Annual report on the lock hospitals of the Madras Presidency
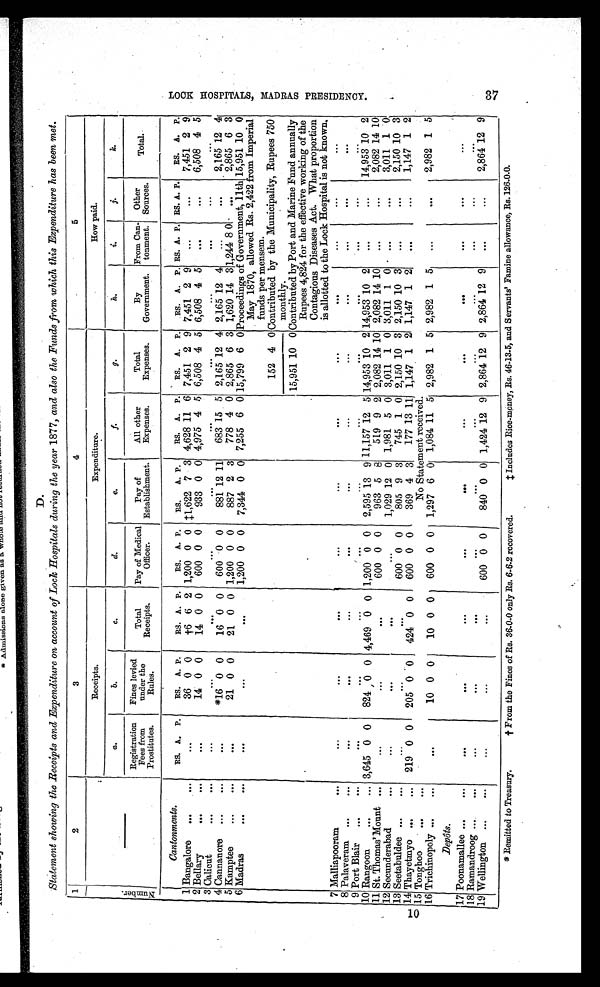
Statement showing the Receipts and Expenditure on account of Lock Hospitals during the year 1877, and also the Funds from which this Expenditure has been met.
10
1
2
3
4
5
Nu mb e r .
—
Receipts.
Expenditure.
How paid.
a.
b.
c.
d.
e.
f.
g .
h.
i.
J .
k.
Registration
Fees from
Prostitutes.
Fines levied
under the
Rules.
Total
Receipts.
Pay of Medical
Officer.
Pay of
Establishment.
All other
Expenses.
Total
Expenses.
By
Government.
From Can
tonment.
Other
Sources.
T o t a l .
Cantonments.
RS. A. P. RS. A. P. RS. A. P. RS. A. P. RS. A. P. RS. A. P. RS. A. P. RS. A. P. RS. A. P. RS. A. P. RS. A. P.
1 Bangalore ...
...
. . . 36 0 0
† 6 6 2 1,200 0 0 ‡1,622 7 3 4,628 11 6 7,451 2 9 7,451 2 9 ...
...
7,451 2 9
2 Bellary
. . .
...
. . . 14 0 0 14 0 0 600 0 0
933 0 0 4,975 4 5 6,508 4 5 6,508 4 5 ...
. . . 6,508 4 5
3 Calicut
...
...
. . .
. . .
. . .
. . .
...
. . .
. . .
...
. . .
. . .
. . .
4 Cannanore ... ...
. . . *16 0 0 16 0 0 600 0 0
881 12 11 683 15. 5 2,165 12 4 2,165 12 4 ...
...
2,165 12 4
5 Kamptee
... ...
. . . 21 0 0 21 0 0 1,200 0 0 887 2 3 778 4 0 2,865 6 3 1,620 14 31,244 8 0. ...
2,865 6 3
6 Madras
...
...
. . .
. . .
. . .
1,200 0 0 7,344 0 0 7,255 6 0 15,799 6 0 Proceedings of Government, 11th 15,951 100
May 1870, allowed Rs. 2,422 from Imperial
funds per mensem.
152 4 0 Contributed by the Municipality, Rupees 750
monthly.
15,951 10 0 Contributed by Port and Marine Fund annually
Rupees 4,824 for the effective working of the
Contagious Diseases Act. What proportion
is allotted to the Lock Hospital is not known.
7 Malliapooram
...
. . .
. . .
...
...
. . .
. . . ...
. . . ...
...
...
8 Palaveram ...
...
. . .
. . .
...
. . .
. . . ...
. . .
. . . . . .
. . .
. . .
9 Port Blair ... ...
. .
. . .
. . .
. . .
. . . ...
. . .
. . .
...
. . .
...
10 Rangoon ...
... 3,645 0 0 824 0 0 4,469 0 0 1,200 0 0 2,595 13 9 11,157 12 5 14,953 10 2 14,953 10 2 ...
... 14,953 10 2
11 St. Thomas' Mount ...
. . .
. . .
. . .
600 0 0
963 5 8 519 9 2 2,082 14 10 2,082 14 10 ...
. . . 2,082 14 10
12 Secunderabad...
. . .
. . .
. . .
...
...
12 0 1,981 5 0 3,011 1 0 3,011 1 0 ...
. . . 3,011 1 0
13 Seetabuldee ... ..
. . .
. . .
. . .
600 0 0
805 9 3 745 1 0 2,150 10 3 2,150 10 3 ...
. . . 2,150 10 3
14 Thayetmyo ... ... 219 0 0 205 0 0 424 0 0 600 0 0
369 4 3 177 13 11 1,147 1 2 1,147 1 2 ...
...
1,147 1 2
15 Tonghoo
... ...
No Statement received.
16 Trichinopoly ...
...
...
. . . 10 0 0
10 0 0 600 0 0 1,297 6 0 1,084 11 5 2,982 1 5 2,982 1 5 ...
. . . 2,982 1 5
D e p ô t s .
17 Poonamallee ...
...
. . .
. . .
. . .
. . .
. . .
.
. .
. . .
. . . . . .
. . .
. . .
18 Ramandroog.... ...
. . .
. . .
. . .
. . .
. . .
. . .
. . .
. . . . . .
. . .
. . .
19 Wellington...
...
...
...
. . .
600 0 0
840 0 0 1,424 12 9 2,864 12 9 2,864 12 9 ...
...
2,864 12 9
* Remitted to Treasury.
† F r o m t h e F i n e s o f R s . 3 6 - 0 - 0 o n l y R s . 6 - 6 - 2 r e c o v e r e d . ‡ ‡ I n c l u d e s R i c e - m o n e y , R s . 4 6 - 1 3 - 5 , a n d S e r v a n t s ' F a m i n e a l l o w a n c e , R s . 1 2 6 - 0 - 0 .
L O O K H O S P I T A L M A D R A S P R E S I D E N C Y .